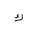
Letter: _kaf